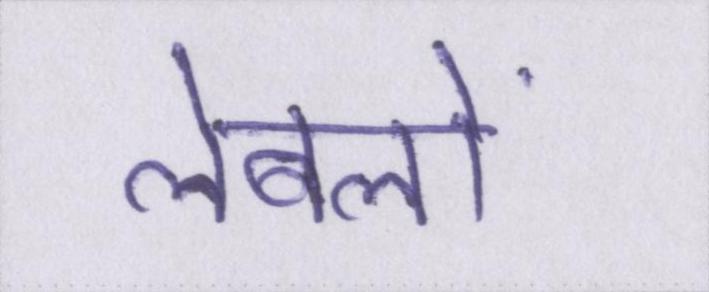
लेबलों